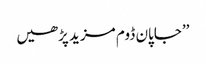
’’جاپان ڈوم مزید پڑھیں